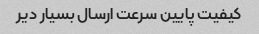
کیفیت پایین سرعت ارسال بسیار دیر